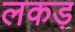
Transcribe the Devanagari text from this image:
लकड़